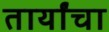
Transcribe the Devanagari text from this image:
तार्यांचा